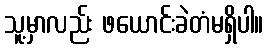
သူ့မှာလည်း ဖယောင်းခဲတံမရှိပါ။